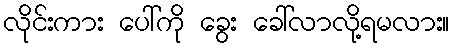
လိုင်းကား ပေါ်ကို ခွေး ခေါ်လာလို့ရမလား။